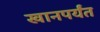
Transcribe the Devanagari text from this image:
खानपर्यंत